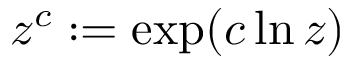
z ^ { c } : = \exp ( c \ln z )